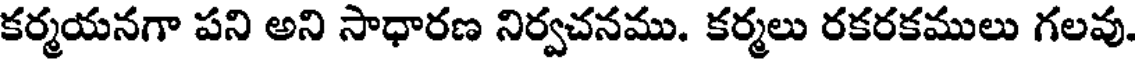
కర్మయనగా పని అని సాధారణ నిర్వచనము. కర్మలు రకరకములు గలవు